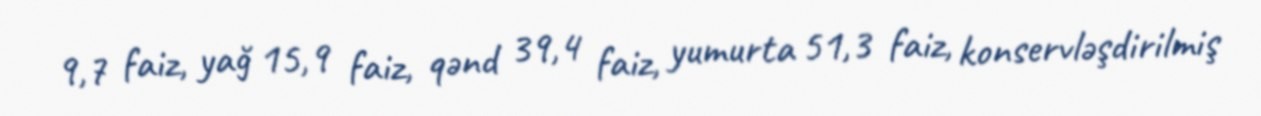
9,7 faiz, yağ 15,9 faiz, qənd 39,4 faiz, yumurta 51,3 faiz, konservləşdirilmiş